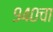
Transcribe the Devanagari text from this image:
९४०चा